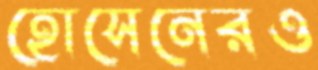
হোসেনেরও